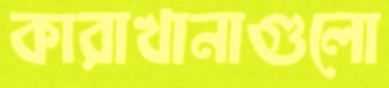
কারাখানাগুলো